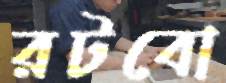
রটবো